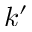
k ^ { \prime }